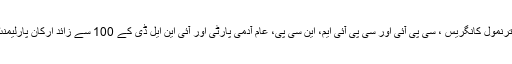
قبل ازیں تمام بڑی سیاسی جماعتوں بشمول جنتا دل (یو) ، سماج وادی پارٹی ، ترنمول کانگریس ، سی پی آئی اور سی پی آئی ایم، این سی پی، عام آدمی پارٹی اور آئی این ایل ڈی کے 100 سے زائد ارکان پارلیمنٹ نے رائیزینا ہلز سے صدارتی محل تک ایک کیلو میٹر طویل مارچ منظم کیا۔